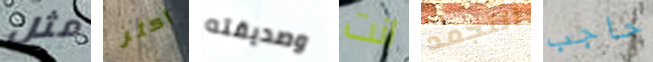
مثل أكثر وصديقته انت التجمد حاجب